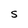
Character: S